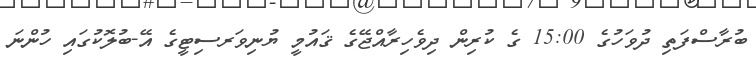
ބުރާސްފަތި ދުވަހުގެ 15:00 ގެ ކުރިން ދިވެހިރާއްޖޭގެ ޤައުމީ ޔުނިވަރސިޓީގެ އޭ-ބުލޮކުގައި ހުންނަ